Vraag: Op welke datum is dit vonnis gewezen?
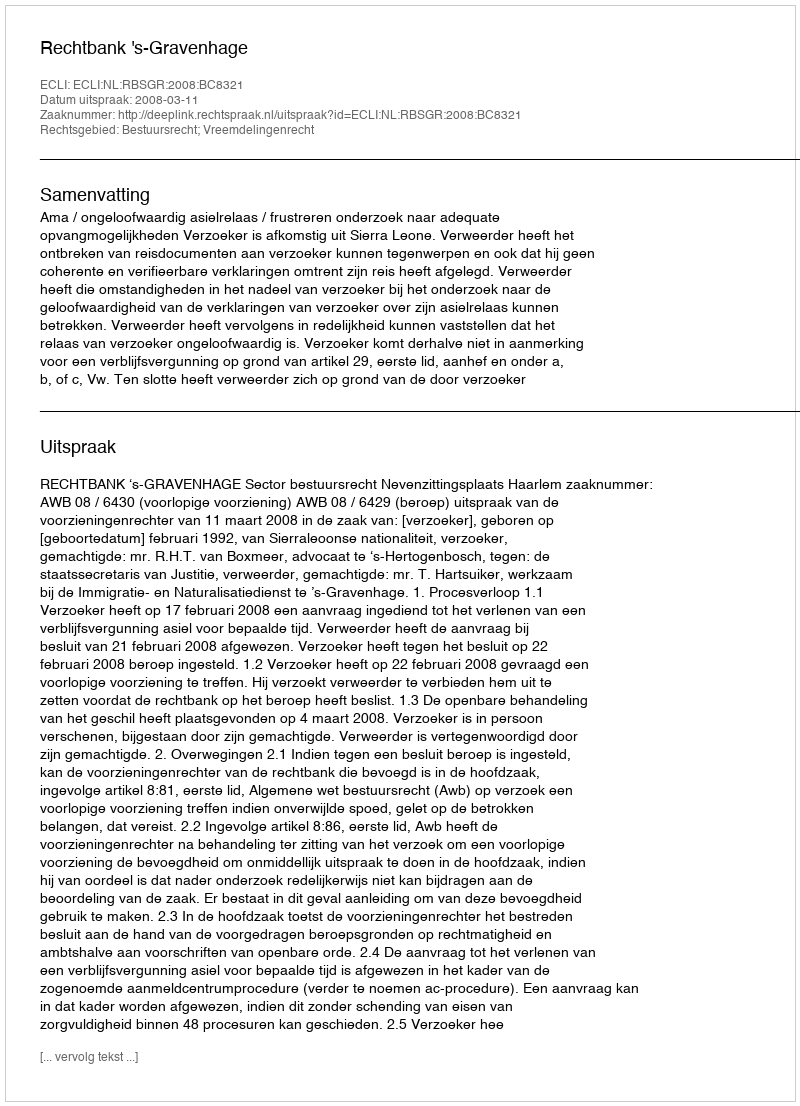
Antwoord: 2008-03-11